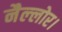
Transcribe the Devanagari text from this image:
नैल्‍लोर।